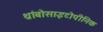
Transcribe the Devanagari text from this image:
थ्रांबोसाइटोपीनिक